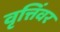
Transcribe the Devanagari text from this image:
वृत्तिंवर